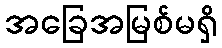
အခြေအမြစ်မရှိ